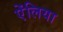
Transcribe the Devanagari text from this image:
ऐंलिया